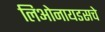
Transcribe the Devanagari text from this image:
लिओनायडसचे